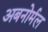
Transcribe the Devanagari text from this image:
अबनोर्मल